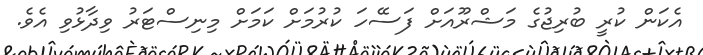
އެކަން ކުރީ ބުރިޖުގެ މަޝްރޫއަށް ފަސޭހަ ކުރުމަށް ކަމަށް މިނިސްޓަރު ވިދާޅުވި އެވެ.